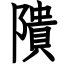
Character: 隤